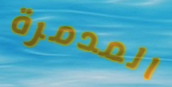
المدمرة